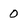
Character: 0